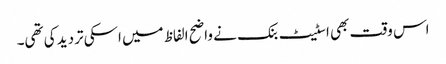
اس وقت بھی اسٹیٹ بنک نے واضح الفاظ میں اسکی تردید کی تھی۔